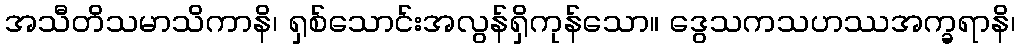
အသီတိသမာသိကာနိ၊ ရှစ်သောင်းအလွန်ရှိကုန်သော။ ဒွေသကသဟဿအက္ခရာနိ၊